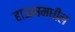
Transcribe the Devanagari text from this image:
हाऊसमधील